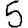
Digit: 5